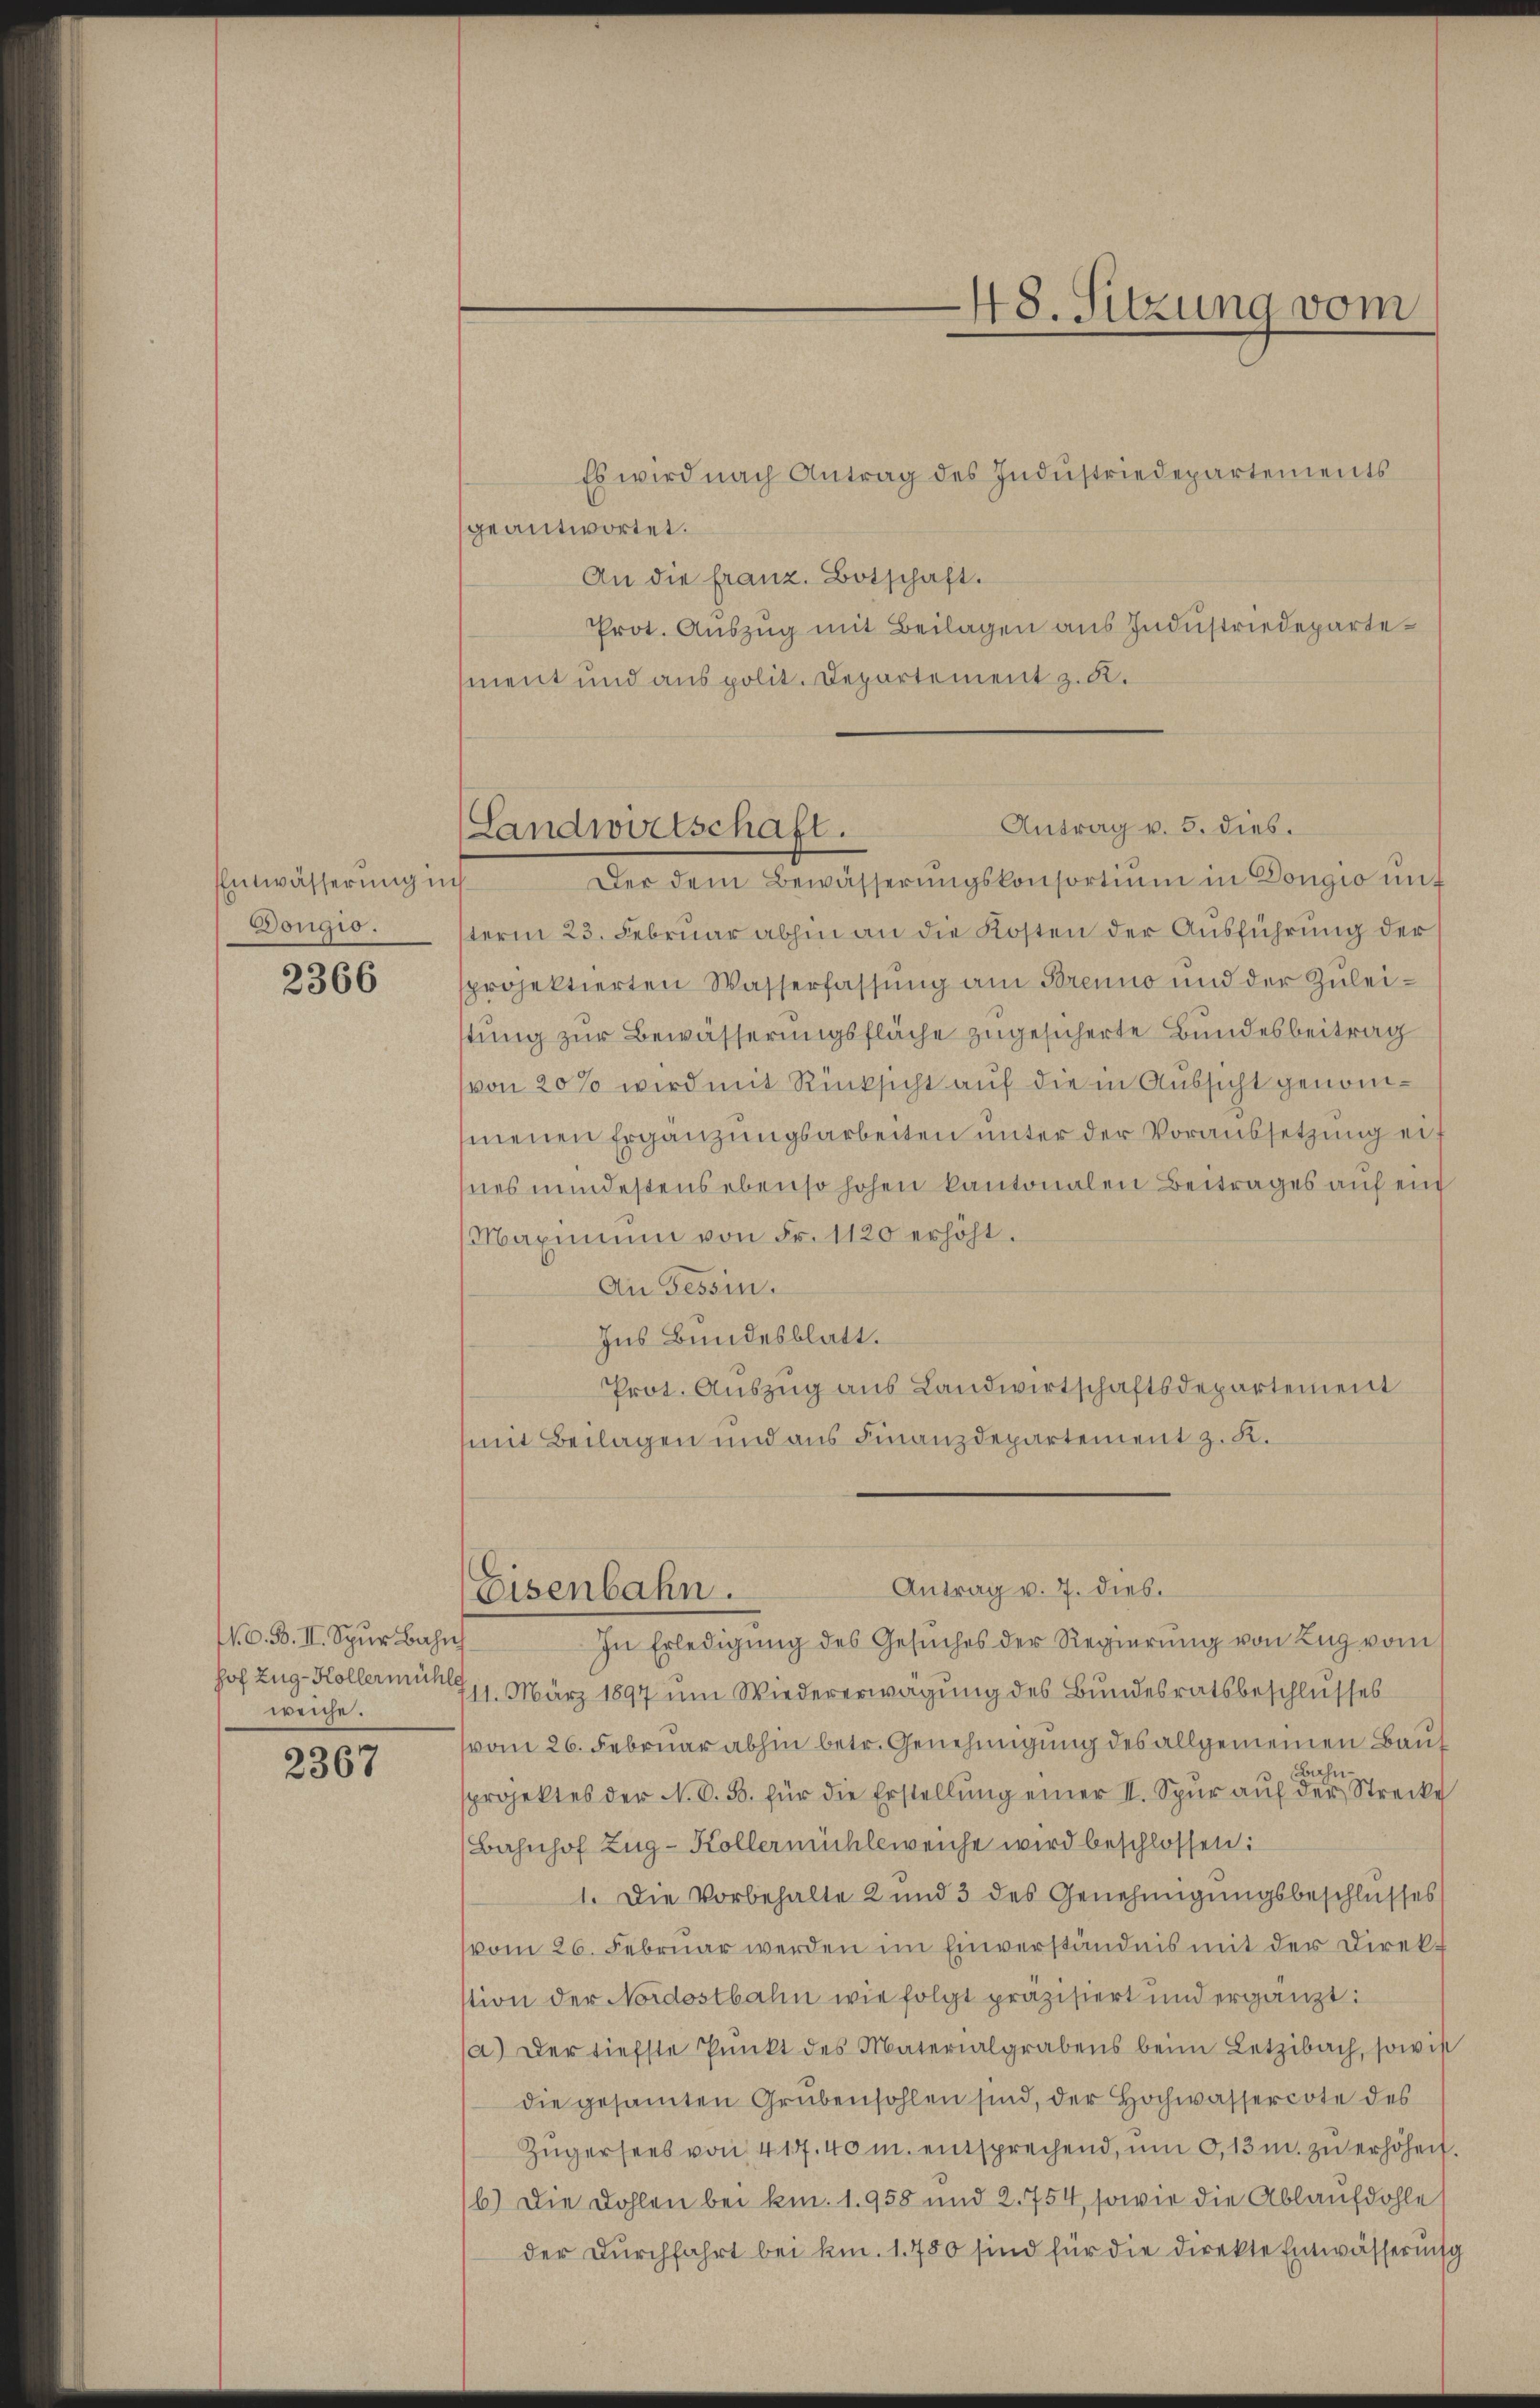
Entwässerung ins
Dougio.

2366

N. O. B. II. Spur Bahnh
weiche.

2367

Es wird nach Antrag des Indŭstriedepartements
geantwortet.
An die franz. Botschaft.
Prot. Auszug mit Beilagen aus Industriedepartement und aus polit. Departement z. R.
Der dem Bewässerŭngskonsortium in Dougio un
term 23. Februar abhin an die Kosten der Ausführung der
sprojektierten Wasserfassung am Brenno und der Zuleistung zur Bewässerungsfläche zugesicherte Bundesbeitrag
von 20% wird mit Rücksicht auf die in Aussicht genommenen Ergänzungsarbeiten unter der Voraussetzung er
nes mindestens ebenso hohen kantonalen Beitrages auf ein
Maximum von Fr. 1120 erhöht.
An Tessin.
Ins Bundesblatt.
Prot. Auszug aus Landwirtschaftsdepartement
(mit Beilagen und aus Finanzdepartement z. K.

In Erledigung des Gesuches der Regierung von Zug vom
hof Zug-Kollermühlen 11. März 1897 um Wiedererwägung des Bundesratsbeschlusses
vom 26. Februar abhin betr. Genehmigung des allgemeinen Baut
Bahn
sprojektes der N. O. B. für die Erstellŭng einer II. Spŭr aŭf der Strecke
Bahnhof Zug-Kollermühleweiche wird beschlossen:
1. Die Vorbehalte 2 und 3 des Genehmigungsbeschlusses
vom 26. Februar werden im Einverständnis mit der Direkstion der Nordostbahn wie folgt präzisiert und ergänzt:
(a) Der tiefste Punkt des Materialgrabens beim Letzibach, sowie
die gesamten Grubensohlen sind, der Hochwassercote des
Zŭgersees von 417. 40 m. entsprechend, um 0,13 m. zu erhöhen.
b.) Die Dohlen bei km. 1. 958 und 2. 754, sowie die Ablaufdohle
der Durchfahrt bei kn. 1. 750 sind für die Direkte Entwässerung

48. Sitzung vom

Antrag v. 5. dies.
Landwirtschaft.

Antrag v. 7. dies.
Eisenbahn.